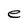
Character: e